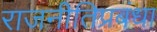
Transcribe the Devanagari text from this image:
राजनीतिप्रबंधा